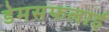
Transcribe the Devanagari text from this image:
डेमसफलाई